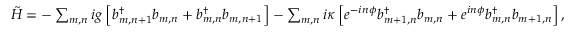
\begin{array} { r } { \tilde { H } = - \sum _ { m , n } i g \left[ b _ { m , n + 1 } ^ { \dagger } b _ { m , n } + b _ { m , n } ^ { \dagger } b _ { m , n + 1 } \right] - \sum _ { m , n } i \kappa \left[ e ^ { - i n \phi } b _ { m + 1 , n } ^ { \dagger } b _ { m , n } + e ^ { i n \phi } b _ { m , n } ^ { \dagger } b _ { m + 1 , n } \right] , } \end{array}